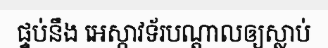
ផ្ទប់នឹង អេស្កាវទ័របណ្តាលឲ្យស្លាប់